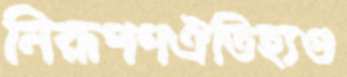
নিরূপণঐতিহ্যগু